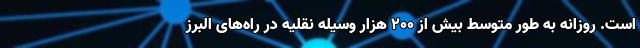
است. روزانه به طور متوسط بیش از ۲۰۰ هزار وسیله نقلیه در راه‌های البرز